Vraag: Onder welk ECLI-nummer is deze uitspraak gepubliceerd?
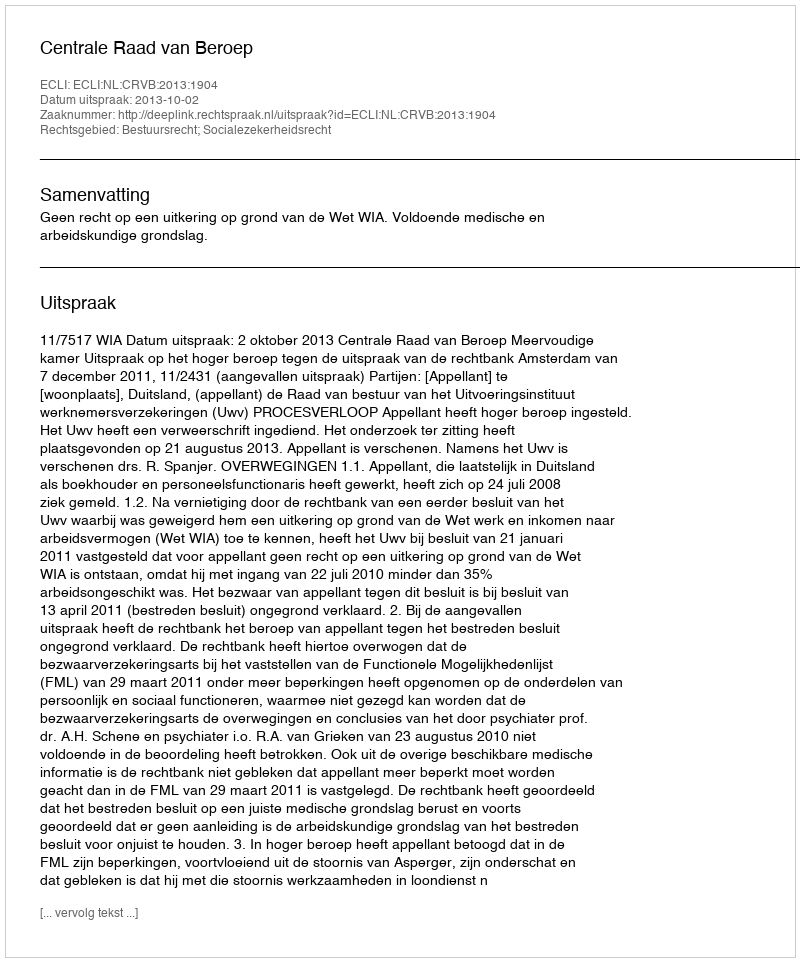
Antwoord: ECLI:NL:CRVB:2013:1904